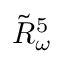
\tilde { R } _ { { \omega } } ^ { 5 }